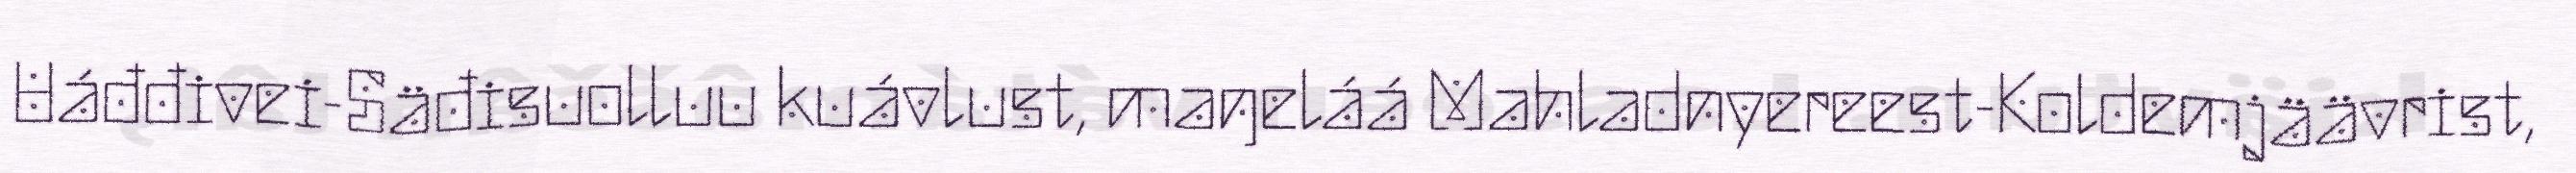
Uáđđivei-Säđisuolluu kuávlust, maŋeláá Mahladnyereest-Koldemjäävrist,